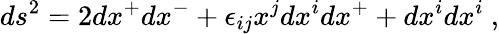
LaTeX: ds^{2}=2dx^{+}dx^{-}+\epsilon_{ij}x^{j}dx^{i}dx^{+}+dx^{i}dx^{i}~,